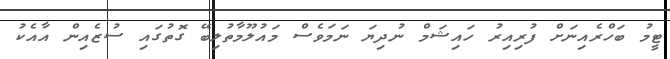
ޓީމު ބަހްރެއިނަށް ފުރިއިރު ހައިޝަމް ނުދިޔަ ނަމަވެސް މައުލޫމާތުލިބޭ ގޮތުގައި ސުޒެއިން އާއެކު